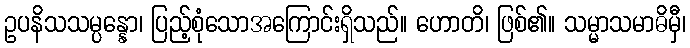
ဥပနိသသမ္ပန္နော၊ ပြည့်စုံသောအကြောင်းရှိသည်။ ဟောတိ၊ ဖြစ်၏။ သမ္မာသမာဓိမှီ၊